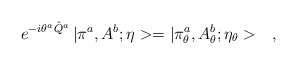
\begin{align*}e^{-i\theta^a\hat{Q}^a}\,|\pi^a,A^b;\eta>=|\pi^a_\theta,A^b_\theta;\eta_\theta>\ \ \ ,\end{align*}